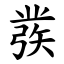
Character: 彂